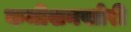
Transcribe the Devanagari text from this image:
कमीशनखोरी